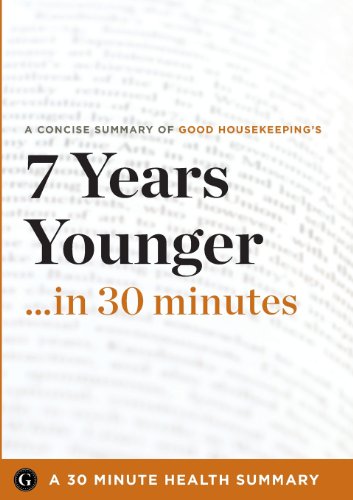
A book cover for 7 Years Younger: The Revolutionary 7-Week Anti-Aging Plan by The Editors of Good Housekeeping (30 Minute Health Series); 30 Minute Health Series; Health, Fitness & Dieting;